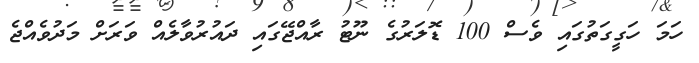
ހަމަ ހަގީގަތުގައި ވެސް 100 ޑޮލަރުގެ ނޫޓު ރާއްޖޭގައި ދައުރުވާލެއް ވަރަށް މަދުވެއްޖެ